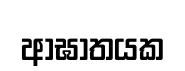
ආඝාතයක